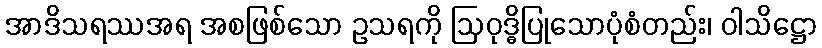
အာဒိသရဿအရ အစဖြစ်သော ဥသရကို ဩဝုဒ္ဓိပြုသောပုံစံတည်း၊ ဝါသိဋ္ဌော